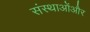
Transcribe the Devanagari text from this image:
संस्थाओंऔर